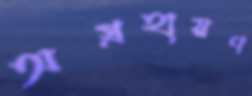
অগ্রহায়ণ